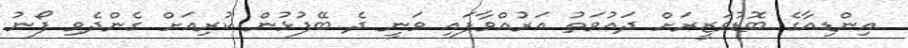
އިންޑިއާގެ ބޮޑުވަޒީރަށް ދައުވަތު އަރުއްވާފައި ވަނީ ދެ ބޭފުޅުން ކުރިއަށް ގެންދެވި ފޯނު